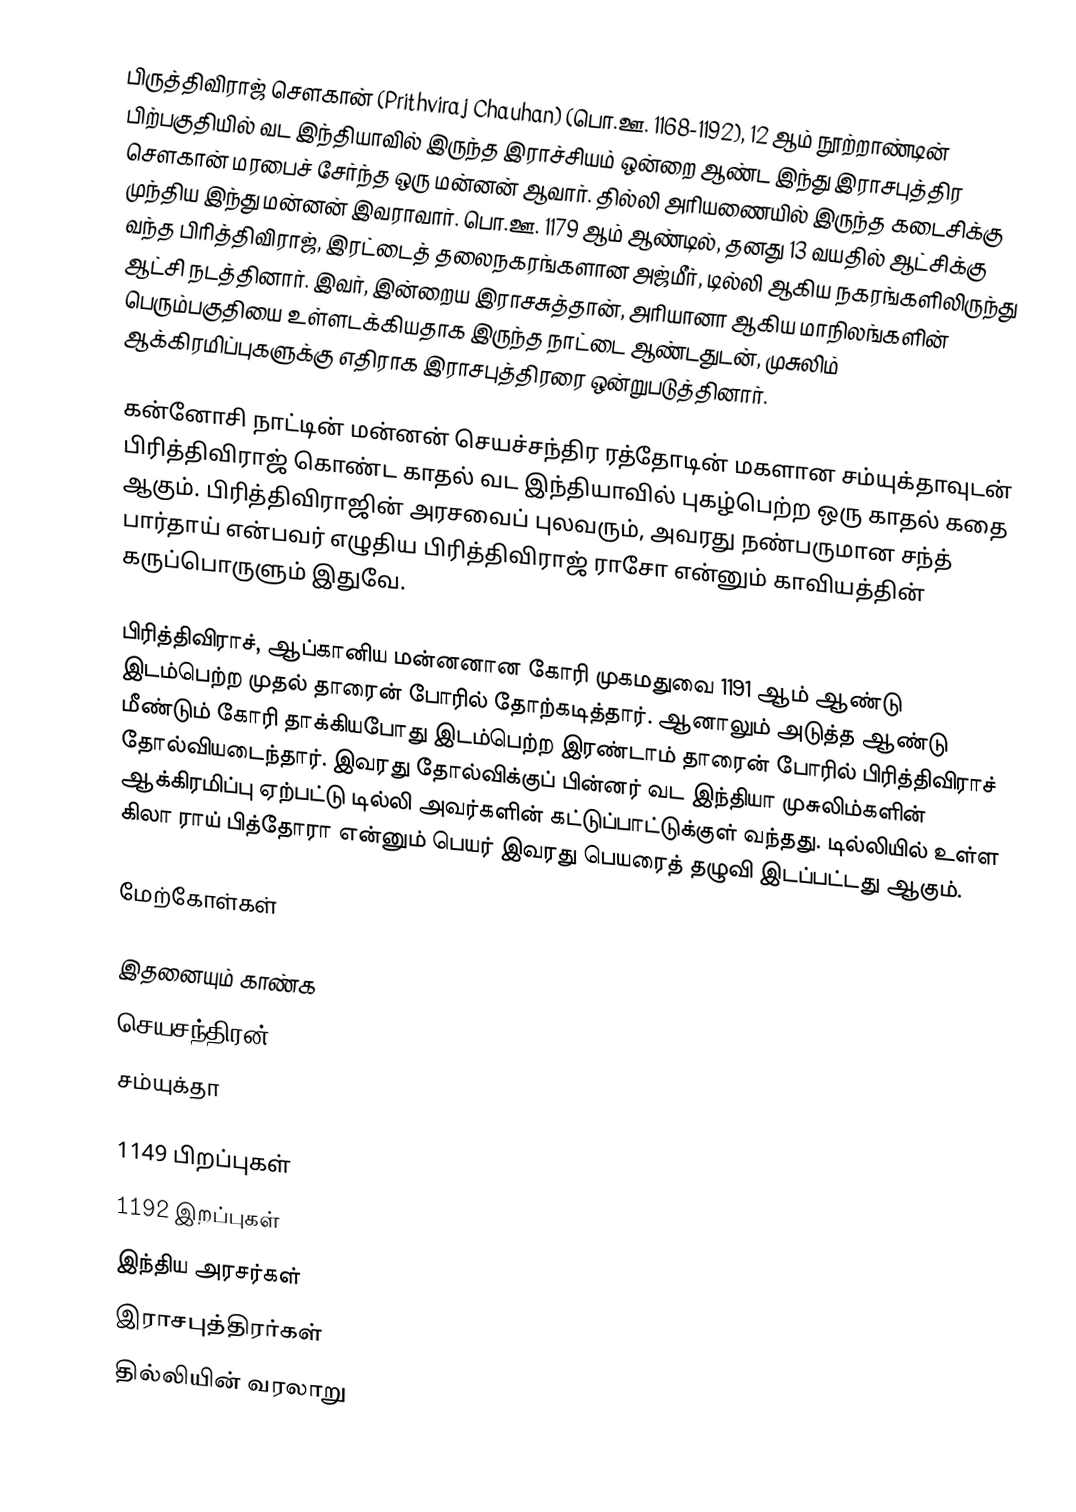
பிருத்திவிராஜ் சௌகான் (Prithviraj Chauhan) (பொ.ஊ. 1168-1192), 12 ஆம் நூற்றாண்டின் பிற்பகுதியில் வட இந்தியாவில் இருந்த இராச்சியம் ஒன்றை ஆண்ட இந்து இராசபுத்திர சௌகான் மரபைச் சேர்ந்த ஒரு மன்னன் ஆவார். தில்லி அரியணையில் இருந்த கடைசிக்கு முந்திய இந்து மன்னன் இவராவார். பொ.ஊ. 1179 ஆம் ஆண்டில், தனது 13 வயதில் ஆட்சிக்கு வந்த பிரித்திவிராஜ், இரட்டைத் தலைநகரங்களான அஜ்மீர், டில்லி ஆகிய நகரங்களிலிருந்து ஆட்சி நடத்தினார். இவர், இன்றைய இராசசுத்தான், அரியானா ஆகிய மாநிலங்களின் பெரும்பகுதியை உள்ளடக்கியதாக இருந்த நாட்டை ஆண்டதுடன், முசுலிம் ஆக்கிரமிப்புகளுக்கு எதிராக இராசபுத்திரரை ஒன்றுபடுத்தினார்.

கன்னோசி நாட்டின்  மன்னன் செயச்சந்திர ரத்தோடின் மகளான சம்யுக்தாவுடன் பிரித்திவிராஜ் கொண்ட காதல் வட இந்தியாவில் புகழ்பெற்ற ஒரு காதல் கதை ஆகும். பிரித்திவிராஜின் அரசவைப் புலவரும், அவரது நண்பருமான சந்த் பார்தாய் என்பவர் எழுதிய பிரித்திவிராஜ் ராசோ என்னும் காவியத்தின் கருப்பொருளும் இதுவே.

பிரித்திவிராச், ஆப்கானிய மன்னனான கோரி முகமதுவை 1191 ஆம் ஆண்டு இடம்பெற்ற முதல் தாரைன் போரில் தோற்கடித்தார். ஆனாலும் அடுத்த ஆண்டு மீண்டும் கோரி தாக்கியபோது இடம்பெற்ற இரண்டாம் தாரைன் போரில் பிரித்திவிராச் தோல்வியடைந்தார். இவரது தோல்விக்குப் பின்னர் வட இந்தியா முசுலிம்களின் ஆக்கிரமிப்பு ஏற்பட்டு டில்லி அவர்களின் கட்டுப்பாட்டுக்குள் வந்தது. டில்லியில் உள்ள கிலா ராய் பித்தோரா என்னும் பெயர் இவரது பெயரைத் தழுவி இடப்பட்டது ஆகும்.

மேற்கோள்கள்

இதனையும் காண்க
 செயசந்திரன்
 சம்யுக்தா

1149 பிறப்புகள்
1192 இறப்புகள்
இந்திய அரசர்கள்
இராசபுத்திரர்கள்
தில்லியின் வரலாறு